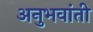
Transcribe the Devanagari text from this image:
अनुभवांती